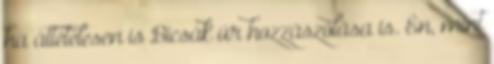
ha áttételesen is Bicsák úr hozzászólása is. Én, mint